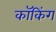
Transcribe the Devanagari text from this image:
कॉकिंग